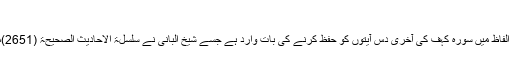
(صحیح مسلم)
اس حدیث کے بعض الفاظ میں سورہ کہف کی آخری دس آیتوں کو حفظ کرنے کی بات وارد ہے جسے شیخ البانی نے سلسلۃ الاحادیث الصحیحۃ (2651)میں شاذ قرار دیا ہے۔